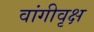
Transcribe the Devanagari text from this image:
वांगीवृक्ष